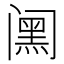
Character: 𮤸